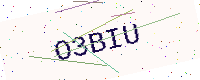
Text: O3BIU